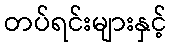
တပ်ရင်းများနှင့်